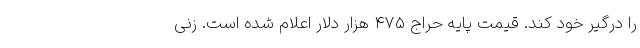
را درگیر خود کند. قیمت پایه حراج 475 هزار دلار اعلام شده است. زنی